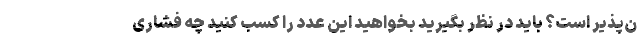
ن‌پذیر است؟ باید در نظر بگیرید بخواهید این عدد را کسب کنید چه فشاری